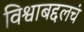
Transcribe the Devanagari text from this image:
विश्वाबद्दलचं